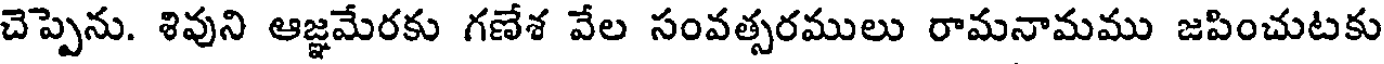
చెప్పెను. శివుని ఆజ్ఞమేరకు గణేశ వేల సంవత్సరములు రామనామము జపించుటకు